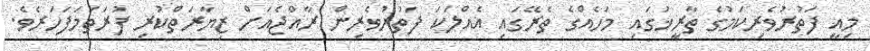
މިއީ ފަތުރުވެރިކަމުގެ ތާރީޚުގައި މަހެއްގެ ތެރޭގައި އެއްލަކަ ފަތުރުވެރިން ރާއްޖެއަށް ޒިޔާރަތްކުރި ފުރަތަމަފަހަރެވެ.